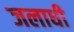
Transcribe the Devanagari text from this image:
जलाधी